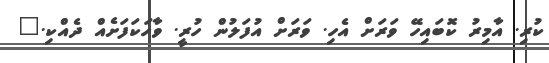
ކުރި. އާމިރު ކޮބައިހޭ ވަރަށް އެހި. ވަރަށް އުފަލުން ހުރީ. ވާހަކަފަށެއް ދެއްކި."